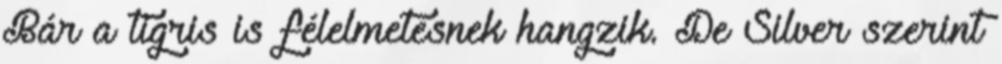
Bár a tigris is félelmetesnek hangzik. De Silver szerint